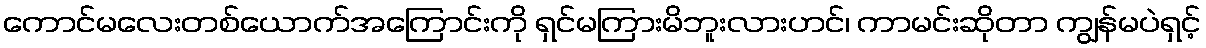
ကောင်မလေးတစ်ယောက်အကြောင်းကို ရှင်မကြားမိဘူးလားဟင်၊ ကာမင်းဆိုတာ ကျွန်မပဲရှင့်